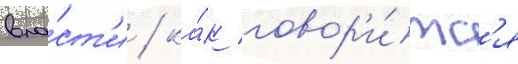
вла́ст'и / ка́к говор'и́тс'я